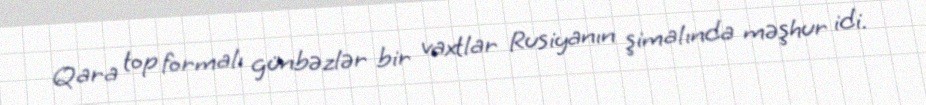
Qara top formalı günbəzlər bir vaxtlar Rusiyanın şimalında məşhur idi.